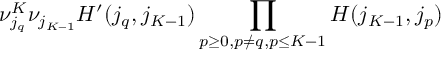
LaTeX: \nu _ { j _ { q } } ^ { K } \nu _ { j _ { K - 1 } } H ^ { \prime } ( j _ { q } , j _ { K - 1 } ) \prod _ { p \geq 0 , p \neq q , \/ p \leq K - 1 } H ( j _ { K - 1 } , j _ { p } )